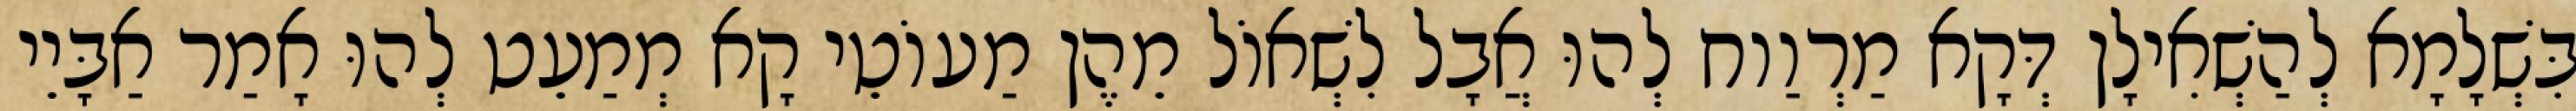
בִּשְׁלָמָא לְהַשְׁאִילָן דְּקָא מַרְוַוח לְהוּ אֲבָל לִשְׁאוֹל מֵהֶן מַעוֹטֵי קָא מְמַעֵט לְהוּ אָמַר אַבָּיֵי